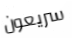
سريعون